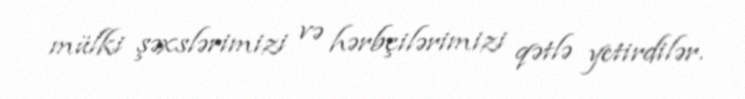
mülki şəxslərimizi və hərbçilərimizi qətlə yetirdilər.